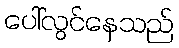
ပေါ်လွင်နေသည်